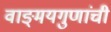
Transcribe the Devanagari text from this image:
वाङ्‌मयगुणांची